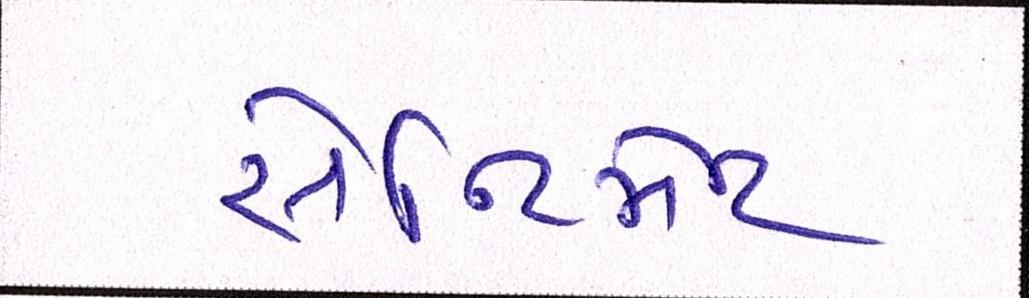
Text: સેન્ટિમેન્ટ